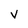
Character: V